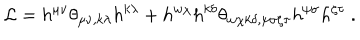
LaTeX: { \cal L } = h ^ { \mu \nu } \theta _ { \mu \nu , k \lambda } h ^ { k \lambda } + h ^ { w \chi } h ^ { k \delta } \theta _ { w \chi k \delta , \psi \sigma \zeta \tau } h ^ { \psi \sigma } h ^ { \zeta \tau } \ .